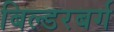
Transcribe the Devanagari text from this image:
बिल्डरबर्ग